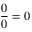
{ \frac { 0 } { 0 } } = 0